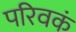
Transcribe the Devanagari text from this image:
परिवकं